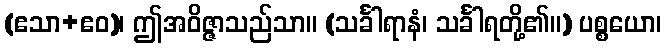
(ဧသာ+ဧဝ)၊ ဤအဝိဇ္ဇာသည်သာ။ (သင်္ခါရာနံ၊ သင်္ခါရတို့၏။) ပစ္စယော၊